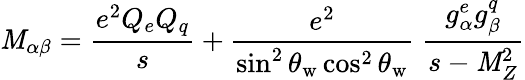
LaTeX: \mathit{M}_{\alpha\beta}=\frac{{e^{2}Q_{e}Q_{q}}}{{s}}+\frac{{e^{2}}}{{\sin^{2}\theta_{\mathrm{{w}}}\cos^{2}\theta_{\mathrm{{w}}}}}\; \frac{{g_{\alpha}^{e}g_{\beta}^{q}}}{{s-\mathit{M}_{Z}^{2}}}